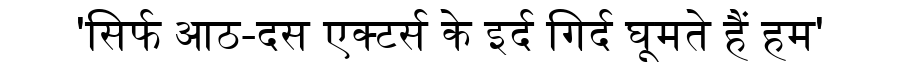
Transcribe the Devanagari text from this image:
'सिर्फ आठ-दस एक्टर्स के इर्द गिर्द घूमते हैं हम'